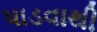
પાડવાથી